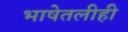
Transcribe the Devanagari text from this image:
भाषेतलीही